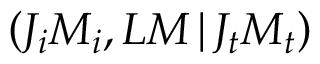
\left( J _ { i } M _ { i } , L M \, | \, J _ { t } M _ { t } \right)